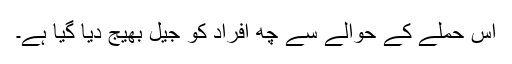
اس حملے کے حوالے سے چھ افراد کو جیل بھیج دیا گیا ہے۔